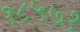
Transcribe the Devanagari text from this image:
१८५७१